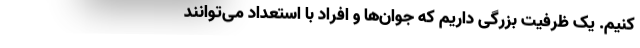
کنیم. یک ظرفیت بزرگی داریم که جوان‌ها و افراد با استعداد می‌توانند